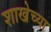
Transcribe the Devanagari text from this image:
शाखेच्‍या